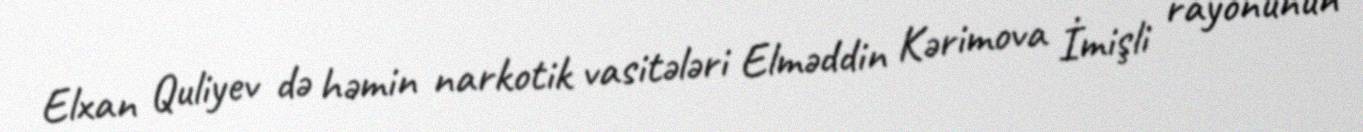
Elxan Quliyev də həmin narkotik vasitələri Elməddin Kərimova İmişli rayonunun